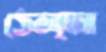
ঠেল্আ